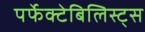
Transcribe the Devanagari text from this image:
पर्फेक्टेबिलिस्ट्स